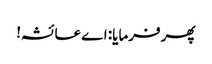
پھر فرمایا: اے عائشہ!